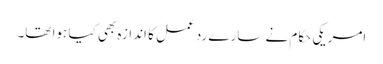
امریکی حکام نے سارے رد عمل کا اندازہ بھی کیا ہوا تھا۔